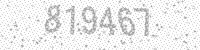
Solution: 819467